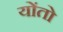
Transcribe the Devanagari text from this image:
योंतो